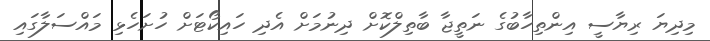
މިދިޔަ ރިޔާސީ އިންތިހާބުގެ ނަތީޖާ ބާތިލްކޮށް ދިނުމަށް އެދި ހައިކޯޓަށް ހުށަހެޅި މައްސަލާގައި